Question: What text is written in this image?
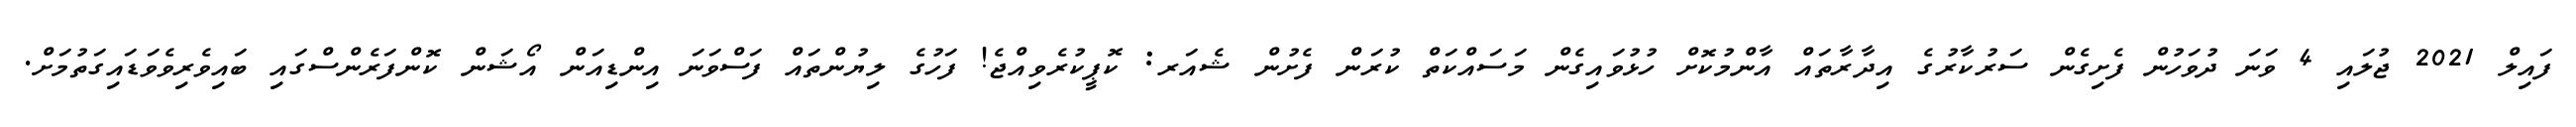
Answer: ފައިލް 2021 ޖުލައި 4 ވަނަ ދުވަހުން ފެށިގެން ސަރުކާރުގެ އިދާރާތައް އާންމުކޮށް ހުޅުވައިގެން މަސައްކަތް ކުރަން ފެށުން ޝެއަރ: ކޮޕީކުރެވިއްޖެ! ފަހުގެ ލިޔުންތައް ފަސްވަނަ އިންޑިއަން އޯޝަން ކޮންފަރެންސްގައި ބައިވެރިވެވަޑައިގަތުމަށް.